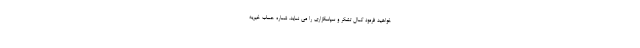
خواهید فرمود کمال تشکر و سپاسگزاری را می نماید. شماره حساب خیریه